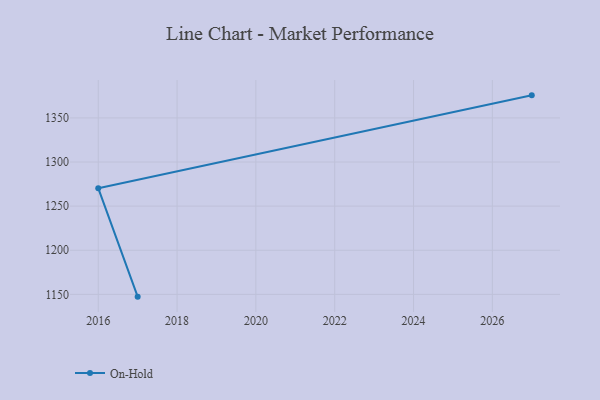
{"axis": {"x": "Year", "y": "Conversion Rate (%)"}, "legend": ["On-Hold"], "data": [{"x": "2017", "y": 1147.4, "type": "On-Hold"}, {"x": "2016", "y": 1270.4, "type": "On-Hold"}, {"x": "2027", "y": 1375.6, "type": "On-Hold"}]}